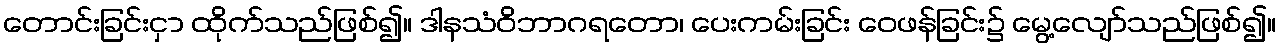
တောင်းခြင်းငှာ ထိုက်သည်ဖြစ်၍။ ဒါနသံဝိဘာဂရတော၊ ပေးကမ်းခြင်း ဝေဖန်ခြင်း၌ မွေ့လျော်သည်ဖြစ်၍။